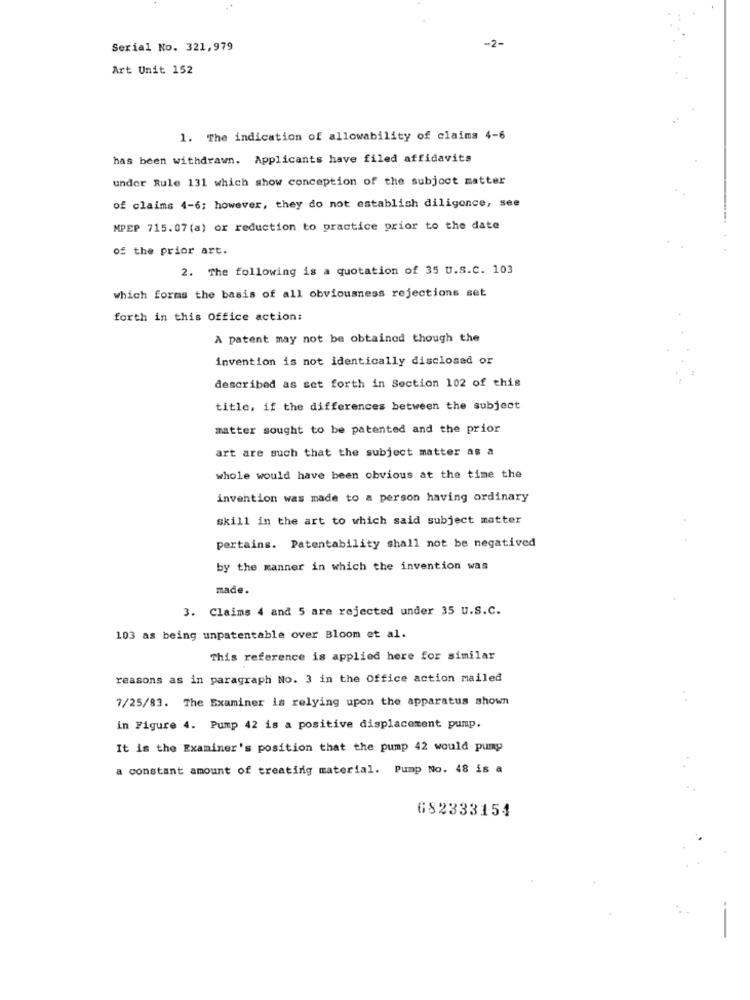
-2-
Serial No. 321,979
Art Unit 152
1. The indication of allowability of claims 4-6
has been withdrawn. Applicants have filed affidavits
undor Rule 131 which show conception of the subject matter
of claims 4-6; however, they do not establish diligence, see
MPEP 715.07 (a) or reduction to practice prior to the date
of the prior art.
2. The following is a quotation of 35 U.S.c. 103
which forms the basis of all obviousness rejections set
forth in this Office action:
A patent may not be obtained though the
invention is not identically disclosed or
described as set forth in Section 102 of this
title, if the differences between the subject
matter sought to be patented and the prior
art are such that the subject matter as a
whole would have been obvious at the time the
invention was made to a person having ordinary
skill in the art to which said subject matter
pertains. Patentability shall not be negatived
by the manner in which the invention was
made.
3. Claims 4 and 5 are rejected under 35 u.S.C.
103 as being unpatentable over Bloom et al.
This reference is applied here for similar
reasons as in paragraph No. 3 in the Office action mailed
7/25/83. The Examiner is relying upon the apparatus shown
in Figure 4. Pump 42 is a positive displacement pump.
It is the Examiner's position that the pump 42 would pump
a constant amount of treating material. Pump No. 48 is a
682333154
--